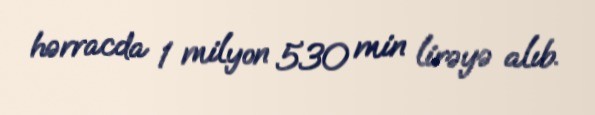
hərracda 1 milyon 530 min lirəyə alıb.